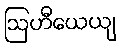
ဩဟီယေယျ